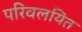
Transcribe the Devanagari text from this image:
परिवलयित